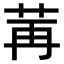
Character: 𫇶